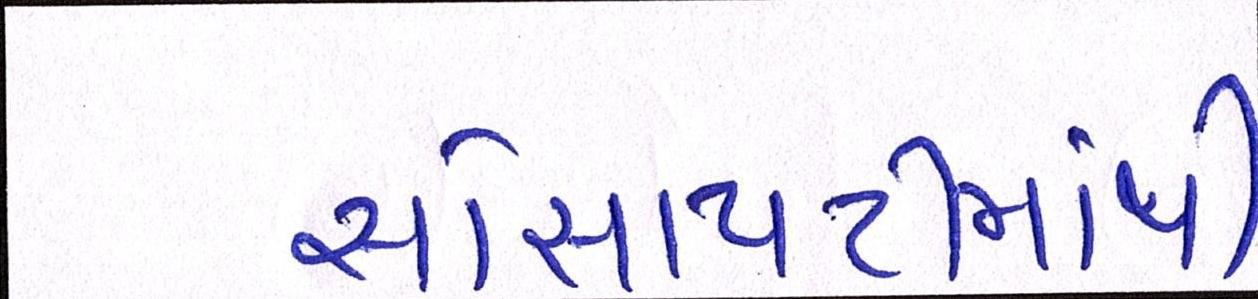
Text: સોસાયટીમાંથી